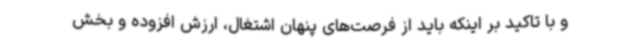
و با تاکید بر اینکه باید از فرصت‌های پنهان اشتغال، ارزش افزوده و بخش